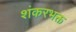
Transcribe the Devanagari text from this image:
शंकरभक्त